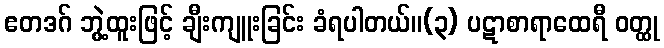
ဧတဒဂ် ဘွဲ့ထူးဖြင့် ချီးကျူးခြင်း ခံရပါတယ်။(၃) ပဋာစာရာထေရီ ဝတ္ထု